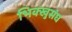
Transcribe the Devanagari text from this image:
भिक्खुसंघ